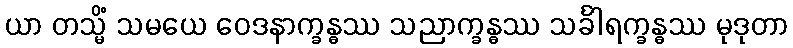
ယာ တသ္မိံ သမယေ ဝေဒနာက္ခန္ဓဿ သညာက္ခန္ဓဿ သင်္ခါရက္ခန္ဓဿ မုဒုတာ